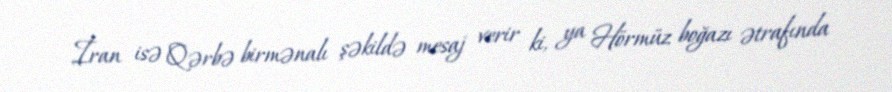
İran isə Qərbə birmənalı şəkildə mesaj verir ki, ya Hörmüz boğazı ətrafında